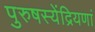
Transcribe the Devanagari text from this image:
पुरुषस्येंद्रियणां